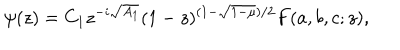
LaTeX: \psi ( z ) = C _ { 1 } z ^ { - i \sqrt { A _ { 1 } } } ( 1 - z ) ^ { ( 1 - \sqrt { 1 - \mu } ) / 2 } F ( a , b , c ; z ) ,